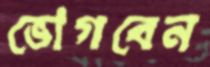
ভোগবেন